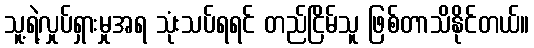
သူ့ရဲ့လှုပ်ရှားမှုအရ သုံးသပ်ရရင် တည်ငြိမ်သူ ဖြစ်တာသိနိုင်တယ်။